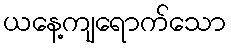
ယနေ့ကျရောက်သော